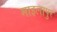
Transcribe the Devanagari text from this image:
माइलापुर